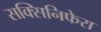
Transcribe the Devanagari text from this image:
सक्सिनिफेरा